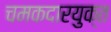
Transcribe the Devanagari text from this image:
चमकदारयुक्त